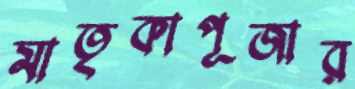
মাতৃকাপূজার